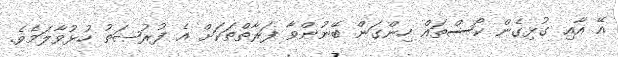
އޭ އާއި ގުޅިގެން ކޯސްތައް ހިންގަން ބޭނުންވާ ފަރާތްތަކަށް އެ ފުރުޞަތު ހުޅުވާލަމެވެ.